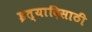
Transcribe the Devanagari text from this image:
इत्यादिसाठी